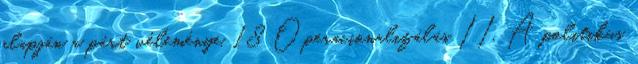
alapján a párt véleménye. 18 Operacionalizálás II. A politikus